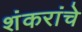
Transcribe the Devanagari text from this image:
शंकरांचे